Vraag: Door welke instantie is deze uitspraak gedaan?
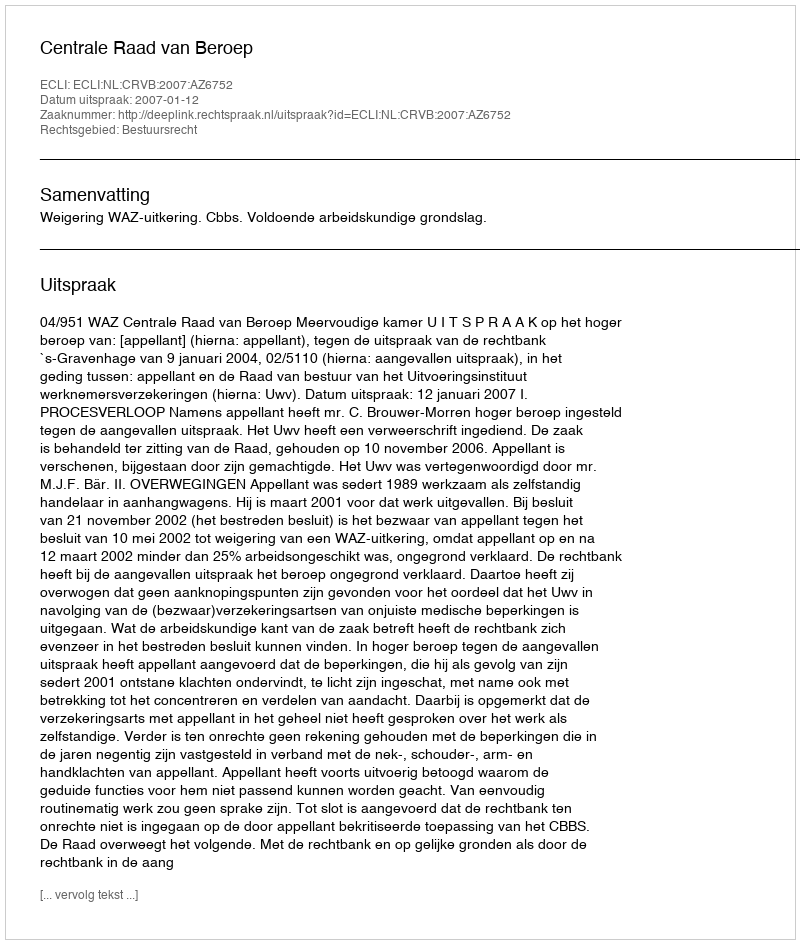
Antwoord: Centrale Raad van Beroep